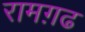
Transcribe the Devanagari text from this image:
रामग़ढ